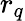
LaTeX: r_{q}